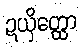
ဍယှိတ္ထော